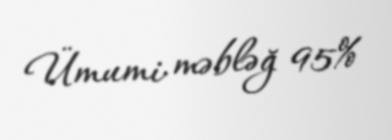
Ümumi məbləğ 95%